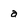
Character: a